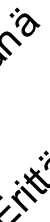
r ä